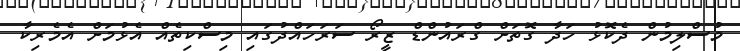
މުސްލިމުން ދެކޮޅު ހަދާ ގޮތަށް ގްރައުންޑް ޒީރޯ ސަރަހައްދުގައި މިސްކިތެއް އެޅުމަށް އެމެރިކާ